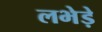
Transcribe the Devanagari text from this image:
लभेड़े